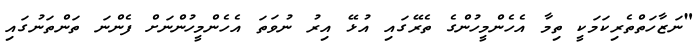
"ނަޒާހަތްތެރިކަމަކީ ތިމާ އެހެންމީހުންގެ ތެރޭގައި އުޅޭ އިރު ނުވަތަ އެހެންމީހުންނަށް ފެންނަ ތަންތަނުގައި